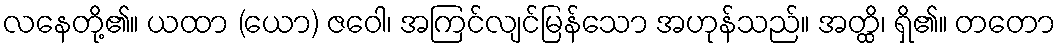
လနေတို့၏။ ယထာ (ယော) ဇဝေါ၊ အကြင်လျင်မြန်သော အဟုန်သည်။ အတ္ထိ၊ ရှိ၏။ တတော